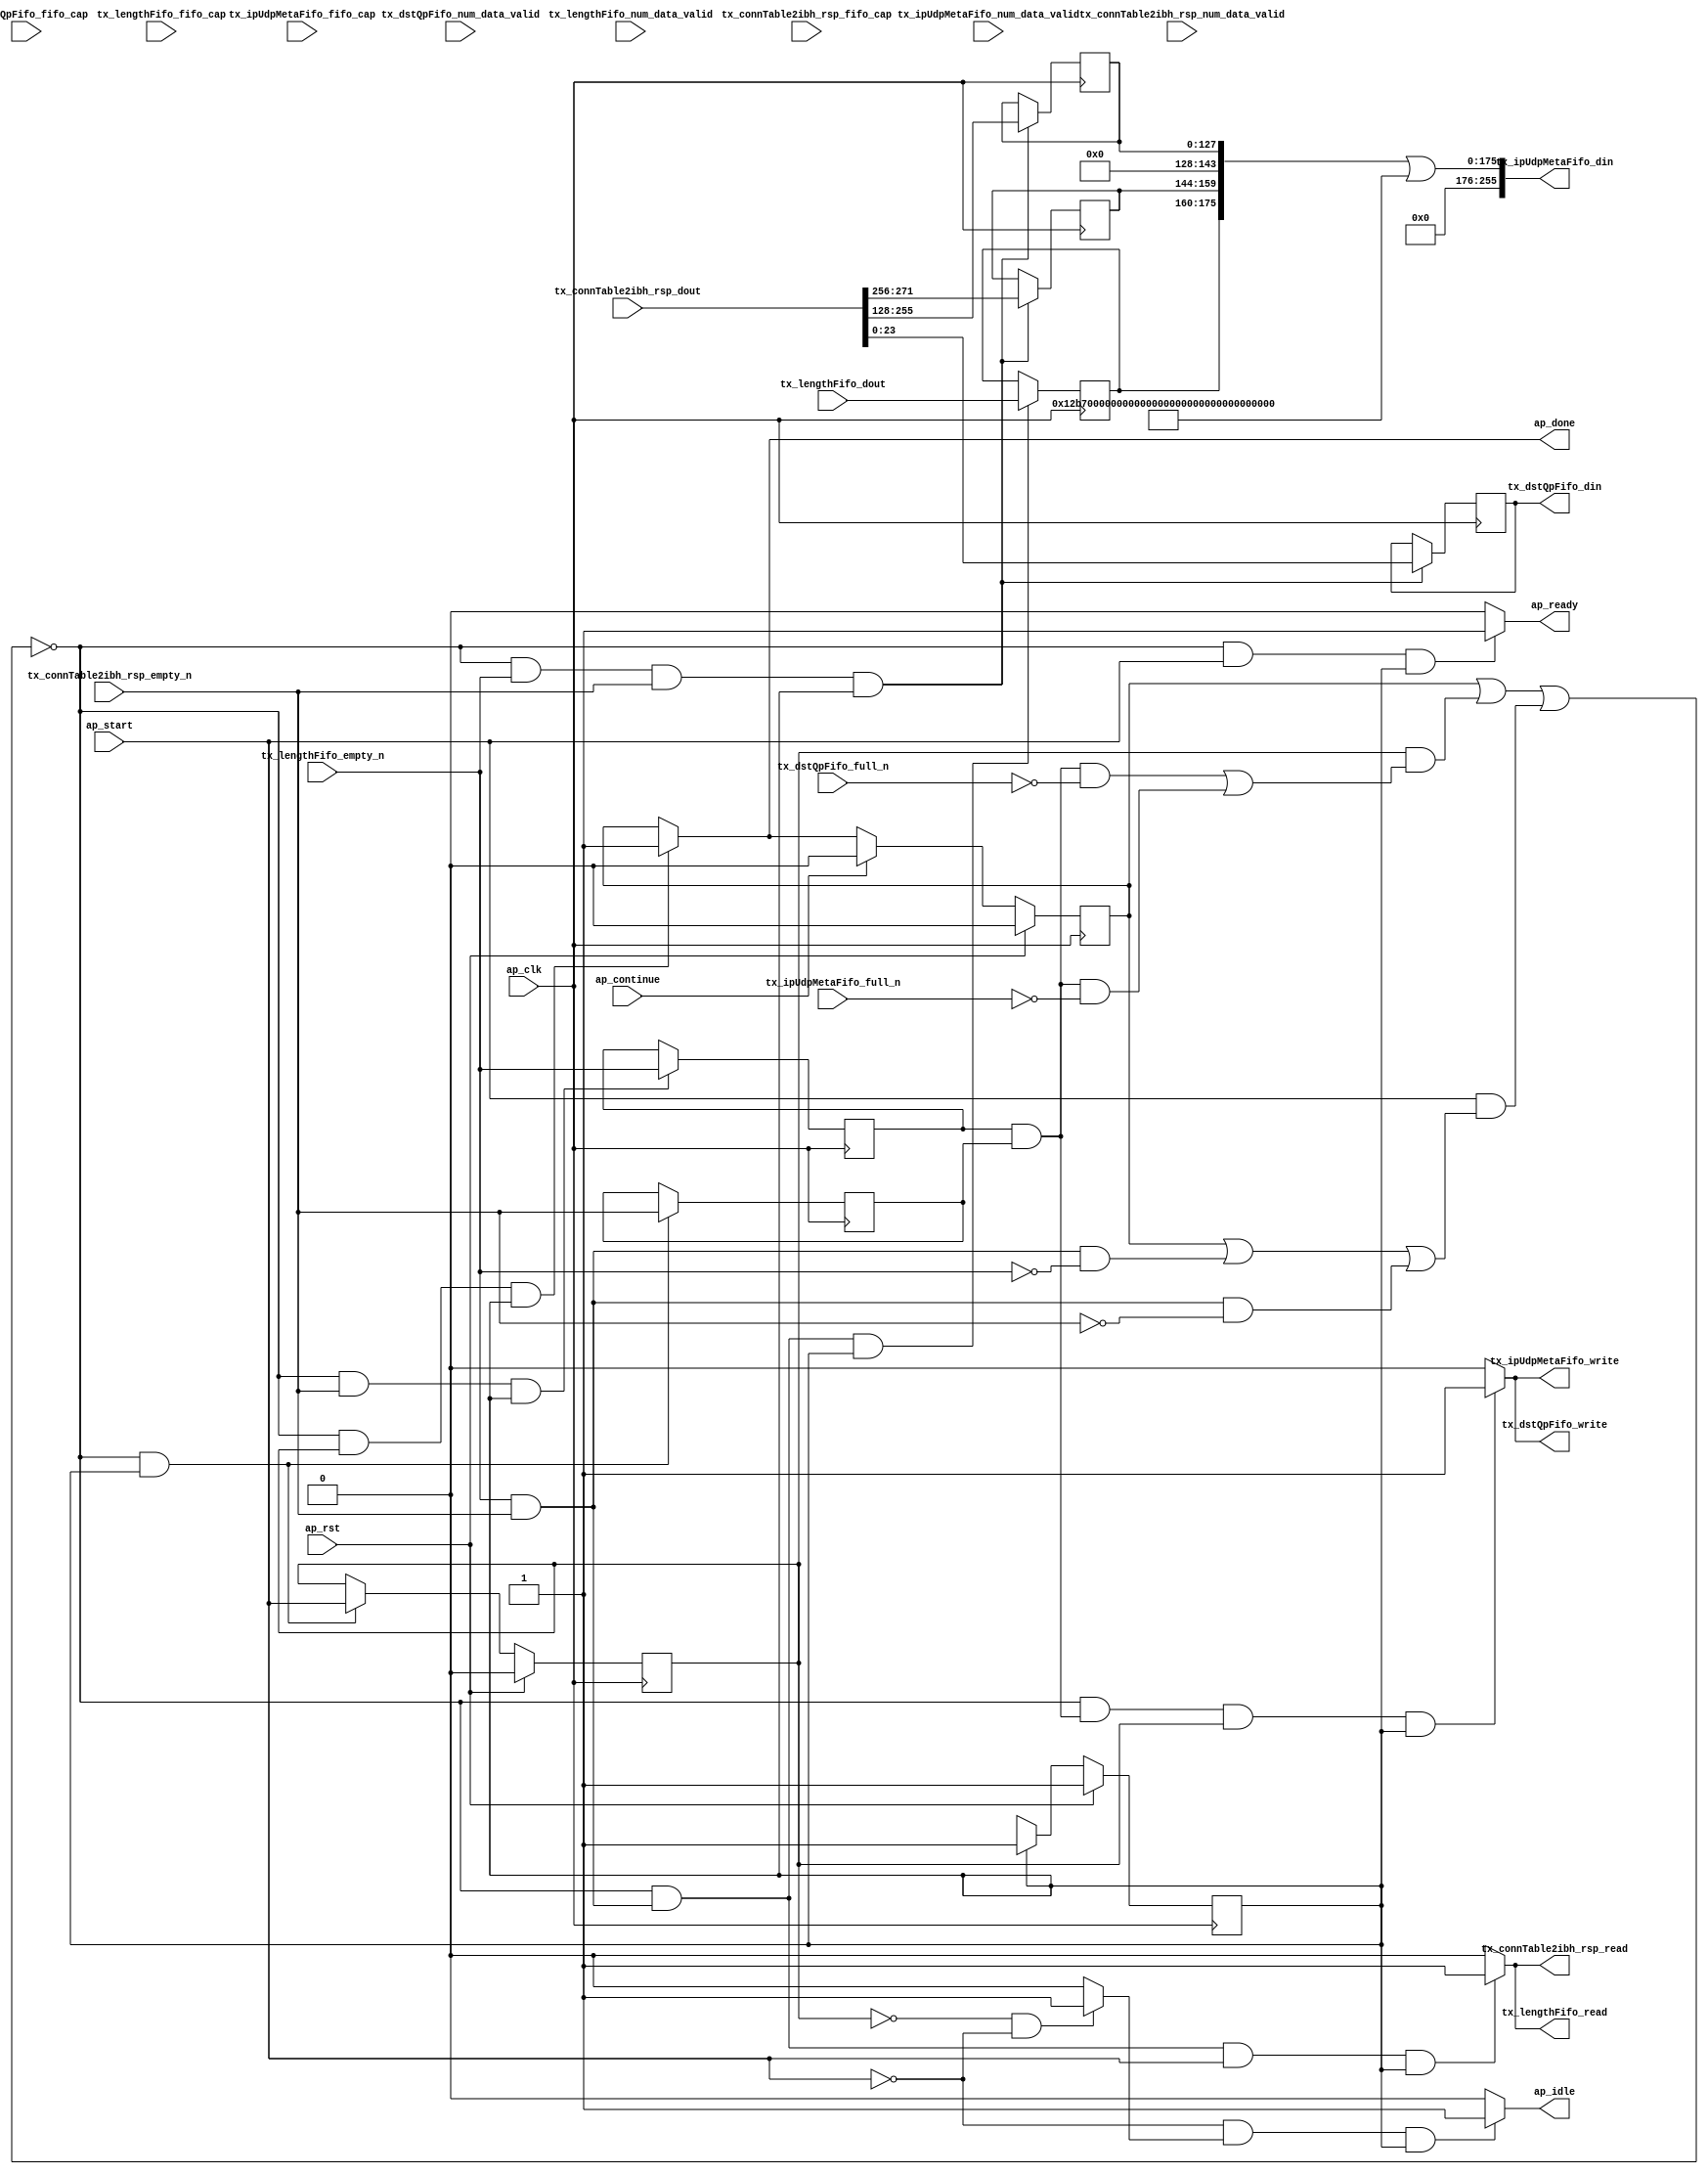
// ==============================================================
// RTL generated by Vitis HLS - High-Level Synthesis from C, C++ and OpenCL v2022.2 (64-bit)
// Version: 2022.2
// Copyright (C) Copyright 1986-2022 Xilinx, Inc. All Rights Reserved.
// 
// ===========================================================

`timescale 1 ns / 1 ps 

module rocev2_top_tx_ipUdpMetaMerger_0_s (
        ap_clk,
        ap_rst,
        ap_start,
        ap_done,
        ap_continue,
        ap_idle,
        ap_ready,
        tx_connTable2ibh_rsp_dout,
        tx_connTable2ibh_rsp_num_data_valid,
        tx_connTable2ibh_rsp_fifo_cap,
        tx_connTable2ibh_rsp_empty_n,
        tx_connTable2ibh_rsp_read,
        tx_lengthFifo_dout,
        tx_lengthFifo_num_data_valid,
        tx_lengthFifo_fifo_cap,
        tx_lengthFifo_empty_n,
        tx_lengthFifo_read,
        tx_ipUdpMetaFifo_din,
        tx_ipUdpMetaFifo_num_data_valid,
        tx_ipUdpMetaFifo_fifo_cap,
        tx_ipUdpMetaFifo_full_n,
        tx_ipUdpMetaFifo_write,
        tx_dstQpFifo_din,
        tx_dstQpFifo_num_data_valid,
        tx_dstQpFifo_fifo_cap,
        tx_dstQpFifo_full_n,
        tx_dstQpFifo_write
);

parameter    ap_ST_fsm_pp0_stage0 = 1'd1;

input   ap_clk;
input   ap_rst;
input   ap_start;
output   ap_done;
input   ap_continue;
output   ap_idle;
output   ap_ready;
input  [383:0] tx_connTable2ibh_rsp_dout;
input  [3:0] tx_connTable2ibh_rsp_num_data_valid;
input  [3:0] tx_connTable2ibh_rsp_fifo_cap;
input   tx_connTable2ibh_rsp_empty_n;
output   tx_connTable2ibh_rsp_read;
input  [15:0] tx_lengthFifo_dout;
input  [2:0] tx_lengthFifo_num_data_valid;
input  [2:0] tx_lengthFifo_fifo_cap;
input   tx_lengthFifo_empty_n;
output   tx_lengthFifo_read;
output  [255:0] tx_ipUdpMetaFifo_din;
input  [1:0] tx_ipUdpMetaFifo_num_data_valid;
input  [1:0] tx_ipUdpMetaFifo_fifo_cap;
input   tx_ipUdpMetaFifo_full_n;
output   tx_ipUdpMetaFifo_write;
output  [23:0] tx_dstQpFifo_din;
input  [1:0] tx_dstQpFifo_num_data_valid;
input  [1:0] tx_dstQpFifo_fifo_cap;
input   tx_dstQpFifo_full_n;
output   tx_dstQpFifo_write;

reg ap_done;
reg ap_idle;
reg ap_ready;
reg tx_connTable2ibh_rsp_read;
reg tx_lengthFifo_read;
reg tx_ipUdpMetaFifo_write;
reg tx_dstQpFifo_write;

(* fsm_encoding = "none" *) reg   [0:0] ap_CS_fsm;
wire    ap_CS_fsm_pp0_stage0;
wire    ap_enable_reg_pp0_iter0;
reg    ap_enable_reg_pp0_iter1;
reg    ap_idle_pp0;
wire   [0:0] tmp_i_nbreadreq_fu_52_p3;
wire   [0:0] tmp_i_171_nbreadreq_fu_60_p3;
reg    ap_predicate_op24_read_state1;
reg    ap_predicate_op27_read_state1;
reg    ap_done_reg;
reg    ap_block_state1_pp0_stage0_iter0;
reg   [0:0] tmp_i_reg_138;
reg   [0:0] tmp_i_171_reg_142;
reg    ap_predicate_op32_write_state2;
reg    ap_predicate_op33_write_state2;
reg    ap_block_state2_pp0_stage0_iter1;
reg    ap_block_pp0_stage0_subdone;
reg    tx_connTable2ibh_rsp_blk_n;
wire    ap_block_pp0_stage0;
reg    tx_lengthFifo_blk_n;
reg    tx_ipUdpMetaFifo_blk_n;
reg    tx_dstQpFifo_blk_n;
reg    ap_block_pp0_stage0_11001;
wire   [23:0] connMeta_remote_qpn_V_fu_94_p1;
reg   [23:0] connMeta_remote_qpn_V_reg_146;
reg   [127:0] connMeta_remote_ip_address_V_reg_151;
reg   [15:0] len_reg_156;
reg   [15:0] tmp_15_i6_reg_161;
reg    ap_block_pp0_stage0_01001;
wire   [175:0] tmp_16_i_fu_118_p5;
wire   [175:0] or_ln2547_fu_127_p2;
reg   [0:0] ap_NS_fsm;
reg    ap_idle_pp0_0to0;
reg    ap_reset_idle_pp0;
wire    ap_enable_pp0;
wire    ap_ce_reg;

// power-on initialization
initial begin
#0 ap_CS_fsm = 1'd1;
#0 ap_enable_reg_pp0_iter1 = 1'b0;
#0 ap_done_reg = 1'b0;
end

always @ (posedge ap_clk) begin
    if (ap_rst == 1'b1) begin
        ap_CS_fsm <= ap_ST_fsm_pp0_stage0;
    end else begin
        ap_CS_fsm <= ap_NS_fsm;
    end
end

always @ (posedge ap_clk) begin
    if (ap_rst == 1'b1) begin
        ap_done_reg <= 1'b0;
    end else begin
        if ((ap_continue == 1'b1)) begin
            ap_done_reg <= 1'b0;
        end else if (((1'b0 == ap_block_pp0_stage0_subdone) & (ap_enable_reg_pp0_iter1 == 1'b1) & (1'b1 == ap_CS_fsm_pp0_stage0))) begin
            ap_done_reg <= 1'b1;
        end
    end
end

always @ (posedge ap_clk) begin
    if (ap_rst == 1'b1) begin
        ap_enable_reg_pp0_iter1 <= 1'b0;
    end else begin
        if (((1'b0 == ap_block_pp0_stage0_subdone) & (1'b1 == ap_CS_fsm_pp0_stage0))) begin
            ap_enable_reg_pp0_iter1 <= ap_start;
        end
    end
end

always @ (posedge ap_clk) begin
    if (((1'b0 == ap_block_pp0_stage0_11001) & (tmp_i_171_nbreadreq_fu_60_p3 == 1'd1) & (tmp_i_nbreadreq_fu_52_p3 == 1'd1) & (1'b1 == ap_CS_fsm_pp0_stage0))) begin
        connMeta_remote_ip_address_V_reg_151 <= {{tx_connTable2ibh_rsp_dout[255:128]}};
        connMeta_remote_qpn_V_reg_146 <= connMeta_remote_qpn_V_fu_94_p1;
        tmp_15_i6_reg_161 <= {{tx_connTable2ibh_rsp_dout[271:256]}};
    end
end

always @ (posedge ap_clk) begin
    if (((1'b0 == ap_block_pp0_stage0_11001) & (ap_predicate_op27_read_state1 == 1'b1) & (1'b1 == ap_CS_fsm_pp0_stage0))) begin
        len_reg_156 <= tx_lengthFifo_dout;
    end
end

always @ (posedge ap_clk) begin
    if (((1'b0 == ap_block_pp0_stage0_11001) & (tmp_i_nbreadreq_fu_52_p3 == 1'd1) & (1'b1 == ap_CS_fsm_pp0_stage0))) begin
        tmp_i_171_reg_142 <= tmp_i_171_nbreadreq_fu_60_p3;
    end
end

always @ (posedge ap_clk) begin
    if (((1'b0 == ap_block_pp0_stage0_11001) & (1'b1 == ap_CS_fsm_pp0_stage0))) begin
        tmp_i_reg_138 <= tmp_i_nbreadreq_fu_52_p3;
    end
end

always @ (*) begin
    if (((1'b0 == ap_block_pp0_stage0_subdone) & (ap_enable_reg_pp0_iter1 == 1'b1) & (1'b1 == ap_CS_fsm_pp0_stage0))) begin
        ap_done = 1'b1;
    end else begin
        ap_done = ap_done_reg;
    end
end

always @ (*) begin
    if (((ap_start == 1'b0) & (ap_idle_pp0 == 1'b1) & (1'b1 == ap_CS_fsm_pp0_stage0))) begin
        ap_idle = 1'b1;
    end else begin
        ap_idle = 1'b0;
    end
end

always @ (*) begin
    if (((ap_enable_reg_pp0_iter1 == 1'b0) & (ap_enable_reg_pp0_iter0 == 1'b0))) begin
        ap_idle_pp0 = 1'b1;
    end else begin
        ap_idle_pp0 = 1'b0;
    end
end

always @ (*) begin
    if ((ap_enable_reg_pp0_iter0 == 1'b0)) begin
        ap_idle_pp0_0to0 = 1'b1;
    end else begin
        ap_idle_pp0_0to0 = 1'b0;
    end
end

always @ (*) begin
    if (((1'b0 == ap_block_pp0_stage0_subdone) & (ap_start == 1'b1) & (1'b1 == ap_CS_fsm_pp0_stage0))) begin
        ap_ready = 1'b1;
    end else begin
        ap_ready = 1'b0;
    end
end

always @ (*) begin
    if (((ap_start == 1'b0) & (ap_idle_pp0_0to0 == 1'b1))) begin
        ap_reset_idle_pp0 = 1'b1;
    end else begin
        ap_reset_idle_pp0 = 1'b0;
    end
end

always @ (*) begin
    if (((1'b0 == ap_block_pp0_stage0) & (ap_done_reg == 1'b0) & (ap_predicate_op24_read_state1 == 1'b1) & (ap_start == 1'b1) & (1'b1 == ap_CS_fsm_pp0_stage0))) begin
        tx_connTable2ibh_rsp_blk_n = tx_connTable2ibh_rsp_empty_n;
    end else begin
        tx_connTable2ibh_rsp_blk_n = 1'b1;
    end
end

always @ (*) begin
    if (((1'b0 == ap_block_pp0_stage0_11001) & (ap_predicate_op24_read_state1 == 1'b1) & (ap_start == 1'b1) & (1'b1 == ap_CS_fsm_pp0_stage0))) begin
        tx_connTable2ibh_rsp_read = 1'b1;
    end else begin
        tx_connTable2ibh_rsp_read = 1'b0;
    end
end

always @ (*) begin
    if (((1'b0 == ap_block_pp0_stage0) & (ap_predicate_op33_write_state2 == 1'b1) & (ap_enable_reg_pp0_iter1 == 1'b1) & (1'b1 == ap_CS_fsm_pp0_stage0))) begin
        tx_dstQpFifo_blk_n = tx_dstQpFifo_full_n;
    end else begin
        tx_dstQpFifo_blk_n = 1'b1;
    end
end

always @ (*) begin
    if (((1'b0 == ap_block_pp0_stage0_11001) & (ap_predicate_op33_write_state2 == 1'b1) & (ap_enable_reg_pp0_iter1 == 1'b1) & (1'b1 == ap_CS_fsm_pp0_stage0))) begin
        tx_dstQpFifo_write = 1'b1;
    end else begin
        tx_dstQpFifo_write = 1'b0;
    end
end

always @ (*) begin
    if (((1'b0 == ap_block_pp0_stage0) & (ap_predicate_op32_write_state2 == 1'b1) & (ap_enable_reg_pp0_iter1 == 1'b1) & (1'b1 == ap_CS_fsm_pp0_stage0))) begin
        tx_ipUdpMetaFifo_blk_n = tx_ipUdpMetaFifo_full_n;
    end else begin
        tx_ipUdpMetaFifo_blk_n = 1'b1;
    end
end

always @ (*) begin
    if (((1'b0 == ap_block_pp0_stage0_11001) & (ap_predicate_op32_write_state2 == 1'b1) & (ap_enable_reg_pp0_iter1 == 1'b1) & (1'b1 == ap_CS_fsm_pp0_stage0))) begin
        tx_ipUdpMetaFifo_write = 1'b1;
    end else begin
        tx_ipUdpMetaFifo_write = 1'b0;
    end
end

always @ (*) begin
    if (((1'b0 == ap_block_pp0_stage0) & (ap_done_reg == 1'b0) & (ap_predicate_op27_read_state1 == 1'b1) & (ap_start == 1'b1) & (1'b1 == ap_CS_fsm_pp0_stage0))) begin
        tx_lengthFifo_blk_n = tx_lengthFifo_empty_n;
    end else begin
        tx_lengthFifo_blk_n = 1'b1;
    end
end

always @ (*) begin
    if (((1'b0 == ap_block_pp0_stage0_11001) & (ap_predicate_op27_read_state1 == 1'b1) & (ap_start == 1'b1) & (1'b1 == ap_CS_fsm_pp0_stage0))) begin
        tx_lengthFifo_read = 1'b1;
    end else begin
        tx_lengthFifo_read = 1'b0;
    end
end

always @ (*) begin
    case (ap_CS_fsm)
        ap_ST_fsm_pp0_stage0 : begin
            ap_NS_fsm = ap_ST_fsm_pp0_stage0;
        end
        default : begin
            ap_NS_fsm = 'bx;
        end
    endcase
end

assign ap_CS_fsm_pp0_stage0 = ap_CS_fsm[32'd0];

assign ap_block_pp0_stage0 = ~(1'b1 == 1'b1);

always @ (*) begin
    ap_block_pp0_stage0_01001 = ((ap_done_reg == 1'b1) | ((ap_enable_reg_pp0_iter1 == 1'b1) & (((ap_predicate_op33_write_state2 == 1'b1) & (tx_dstQpFifo_full_n == 1'b0)) | ((ap_predicate_op32_write_state2 == 1'b1) & (tx_ipUdpMetaFifo_full_n == 1'b0)))) | ((ap_start == 1'b1) & ((ap_done_reg == 1'b1) | ((ap_predicate_op27_read_state1 == 1'b1) & (tx_lengthFifo_empty_n == 1'b0)) | ((ap_predicate_op24_read_state1 == 1'b1) & (tx_connTable2ibh_rsp_empty_n == 1'b0)))));
end

always @ (*) begin
    ap_block_pp0_stage0_11001 = ((ap_done_reg == 1'b1) | ((ap_enable_reg_pp0_iter1 == 1'b1) & (((ap_predicate_op33_write_state2 == 1'b1) & (tx_dstQpFifo_full_n == 1'b0)) | ((ap_predicate_op32_write_state2 == 1'b1) & (tx_ipUdpMetaFifo_full_n == 1'b0)))) | ((ap_start == 1'b1) & ((ap_done_reg == 1'b1) | ((ap_predicate_op27_read_state1 == 1'b1) & (tx_lengthFifo_empty_n == 1'b0)) | ((ap_predicate_op24_read_state1 == 1'b1) & (tx_connTable2ibh_rsp_empty_n == 1'b0)))));
end

always @ (*) begin
    ap_block_pp0_stage0_subdone = ((ap_done_reg == 1'b1) | ((ap_enable_reg_pp0_iter1 == 1'b1) & (((ap_predicate_op33_write_state2 == 1'b1) & (tx_dstQpFifo_full_n == 1'b0)) | ((ap_predicate_op32_write_state2 == 1'b1) & (tx_ipUdpMetaFifo_full_n == 1'b0)))) | ((ap_start == 1'b1) & ((ap_done_reg == 1'b1) | ((ap_predicate_op27_read_state1 == 1'b1) & (tx_lengthFifo_empty_n == 1'b0)) | ((ap_predicate_op24_read_state1 == 1'b1) & (tx_connTable2ibh_rsp_empty_n == 1'b0)))));
end

always @ (*) begin
    ap_block_state1_pp0_stage0_iter0 = ((ap_done_reg == 1'b1) | ((ap_predicate_op27_read_state1 == 1'b1) & (tx_lengthFifo_empty_n == 1'b0)) | ((ap_predicate_op24_read_state1 == 1'b1) & (tx_connTable2ibh_rsp_empty_n == 1'b0)));
end

always @ (*) begin
    ap_block_state2_pp0_stage0_iter1 = (((ap_predicate_op33_write_state2 == 1'b1) & (tx_dstQpFifo_full_n == 1'b0)) | ((ap_predicate_op32_write_state2 == 1'b1) & (tx_ipUdpMetaFifo_full_n == 1'b0)));
end

assign ap_enable_pp0 = (ap_idle_pp0 ^ 1'b1);

assign ap_enable_reg_pp0_iter0 = ap_start;

always @ (*) begin
    ap_predicate_op24_read_state1 = ((tmp_i_171_nbreadreq_fu_60_p3 == 1'd1) & (tmp_i_nbreadreq_fu_52_p3 == 1'd1));
end

always @ (*) begin
    ap_predicate_op27_read_state1 = ((tmp_i_171_nbreadreq_fu_60_p3 == 1'd1) & (tmp_i_nbreadreq_fu_52_p3 == 1'd1));
end

always @ (*) begin
    ap_predicate_op32_write_state2 = ((tmp_i_171_reg_142 == 1'd1) & (tmp_i_reg_138 == 1'd1));
end

always @ (*) begin
    ap_predicate_op33_write_state2 = ((tmp_i_171_reg_142 == 1'd1) & (tmp_i_reg_138 == 1'd1));
end

assign connMeta_remote_qpn_V_fu_94_p1 = tx_connTable2ibh_rsp_dout[23:0];

assign or_ln2547_fu_127_p2 = (tmp_16_i_fu_118_p5 | 176'd1630292819918216178453027744205601501085696);

assign tmp_16_i_fu_118_p5 = {{{{len_reg_156}, {tmp_15_i6_reg_161}}, {16'd0}}, {connMeta_remote_ip_address_V_reg_151}};

assign tmp_i_171_nbreadreq_fu_60_p3 = tx_lengthFifo_empty_n;

assign tmp_i_nbreadreq_fu_52_p3 = tx_connTable2ibh_rsp_empty_n;

assign tx_dstQpFifo_din = connMeta_remote_qpn_V_reg_146;

assign tx_ipUdpMetaFifo_din = or_ln2547_fu_127_p2;

endmodule //rocev2_top_tx_ipUdpMetaMerger_0_s